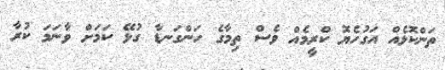
ތަންކޮޅެއް އަގުހެޔޮ ކްރީމެއް ވެސް ތިމާގެ ހަންގަނޑާ ގުޅޭ ކަމަށް ވާނަމަ ކުރާ